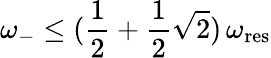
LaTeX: \omega_{-}\leq(\frac{1}{2}+\frac{1}{2}\sqrt{2})\, \omega_{\mathrm{res}}